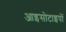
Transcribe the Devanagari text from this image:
आइसोटाइपों